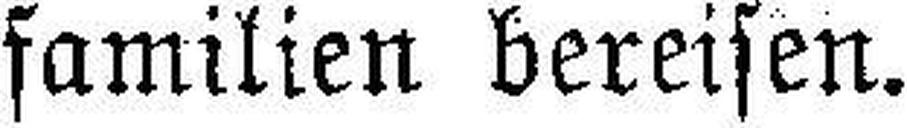
familien bereisen.